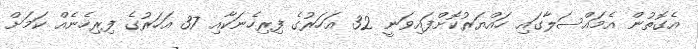
އެގޮތުން އެމައްސަލާގައި ހައްޔަރުކޮށްފައިވަނީ 32 އަހަރުގެ ފިރިހެނަކާއި 37 އަހަރުގެ ފިރިހެނެއް ކަމަށް